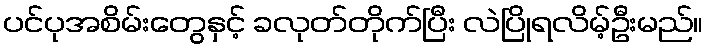
ပင်ပုအစိမ်းတွေနှင့် ခလုတ်တိုက်ပြီး လဲပြိုရလိမ့်ဦးမည်။